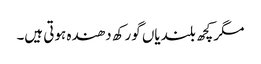
مگر کچھ بلندیاں گورکھ دھندہ ہوتی ہیں۔